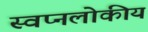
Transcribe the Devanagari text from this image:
स्वप्नलोकीय